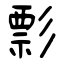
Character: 彯